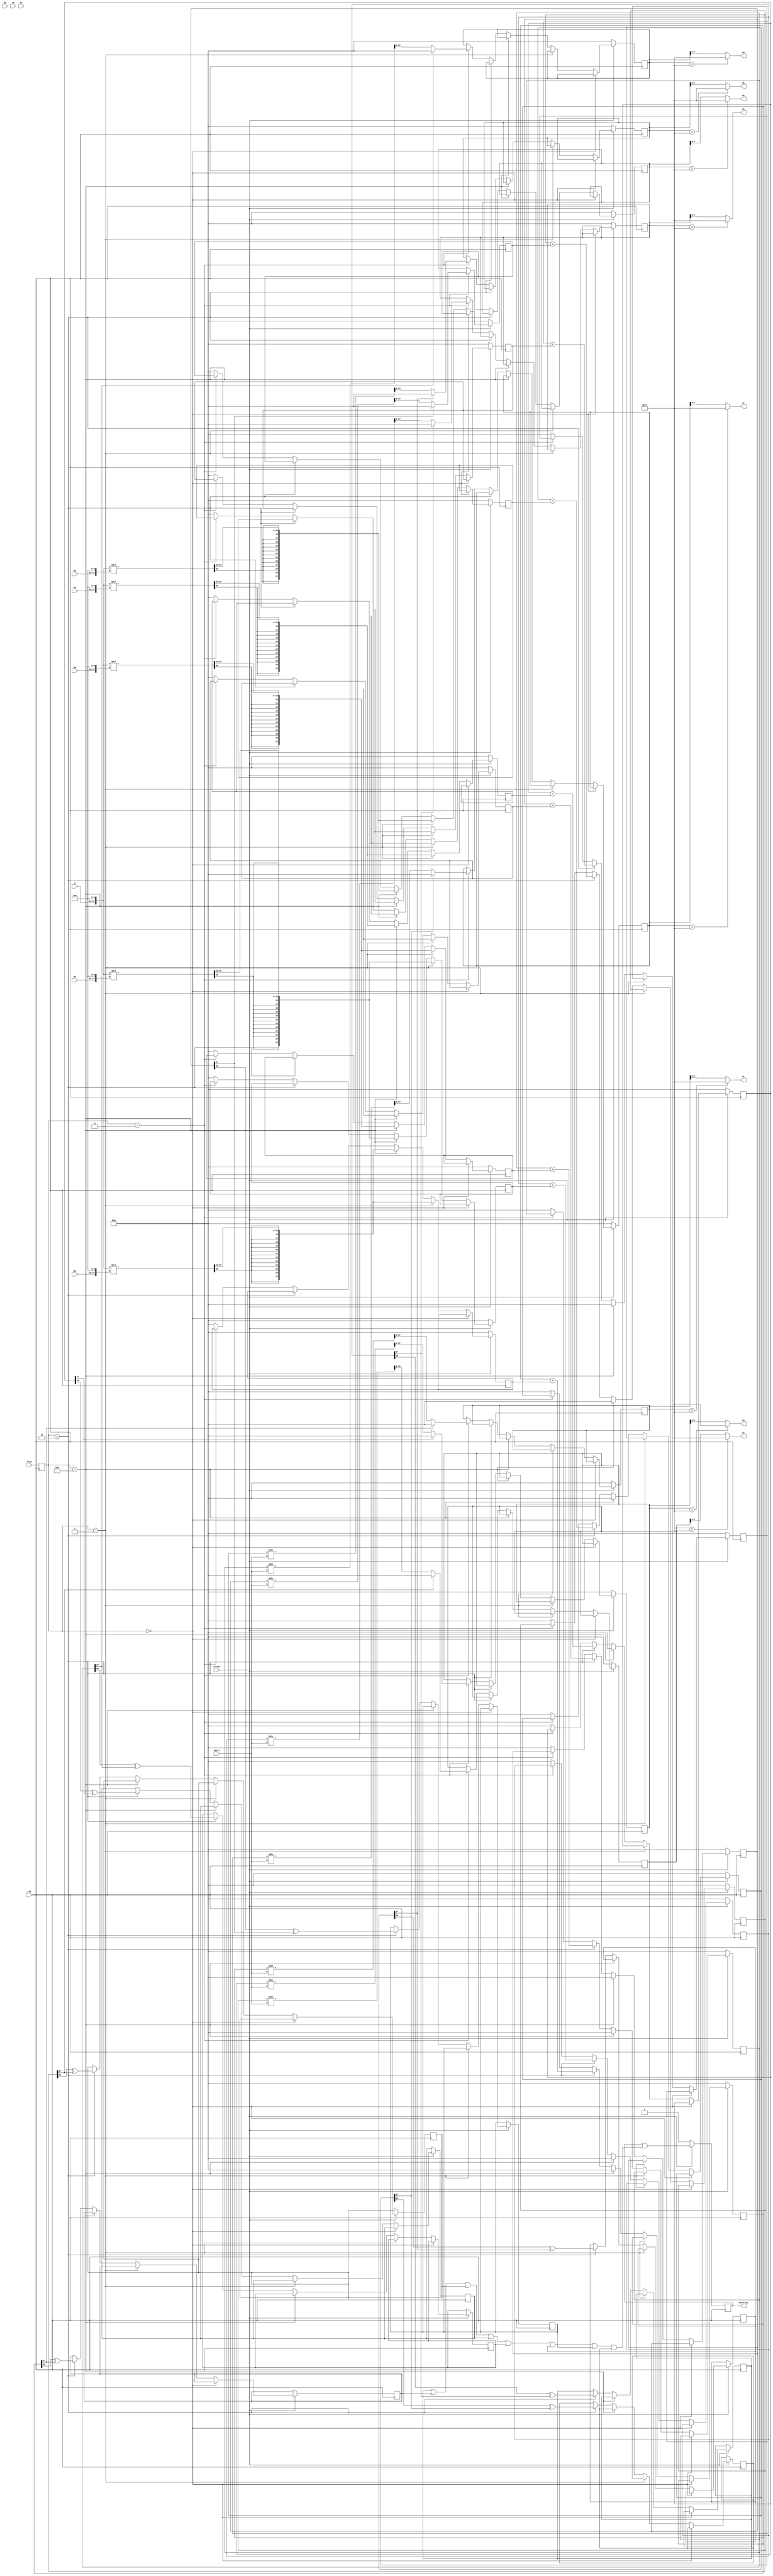
`timescale 1ns / 1ps
//////////////////////////////////////////////////////////////////////////////////
// Company: 
// Engineer: 
// 
// Design Name: 
// Module Name:    Multiplier 
// Project Name: 
// Target Devices: 
// Tool versions: 
// Description: 
//
// Dependencies: 
//
// Revision: 
// Revision 0.01 - File Created
// Additional Comments: 
//
//////////////////////////////////////////////////////////////////////////////////
module Multiplier #(parameter	Waiting=3'h0,
					Multiplying=3'h1,
					Accumulating=3'h2,
					Activating=3'h3,
					MultWithoutAcc=3'h4)
	(
	input clk,
	input resetn,
	input [2:0] step,
	input [7:0] shift,
	input signed [7:0] A,
	input signed [7:0] B0,
	input signed [7:0] B1,
	input signed [7:0] B2,
	input signed [7:0] B3,
	input signed [7:0] B4,
	input signed [7:0] B5,
	input signed [7:0] B6,
	input signed [7:0] B7,
	output [7:0] Y0,
	output [7:0] Y1,
	output [7:0] Y2,
	output [7:0] Y3,
	output [7:0] Y4,
	output [7:0] Y5,
	output [7:0] Y6,
	output [7:0] Y7,
	output reg overflow
	);
	
	reg [2:0] state;
	
	wire signed [17:0] extA;
	wire signed [17:0] extB[7:0];
	wire signed [35:0] AB[7:0];
	reg signed [27:0] AB_Dly[7:0];
	reg signed [27:0] AB_acc[7:0];
	reg signed [27:0] extY[7:0];
	
	assign extA={ A[7:0], 10'b0 };
	assign extB[0]={ B0, 10'b0 };
	assign extB[1]={ B1, 10'b0 };
	assign extB[2]={ B2, 10'b0 };
	assign extB[3]={ B3, 10'b0 };
	assign extB[4]={ B4, 10'b0 };
	assign extB[5]={ B5, 10'b0 };
	assign extB[6]={ B6, 10'b0 };
	assign extB[7]={ B7, 10'b0 };
	
	/*MULT18X18 MULT18X18_inst0 (.P(AB[0]), .A(extA), .B(extB[0]));
	MULT18X18 MULT18X18_inst1 (.P(AB[1]), .A(extA), .B(extB[1]));
	MULT18X18 MULT18X18_inst2 (.P(AB[2]), .A(extA), .B(extB[2]));
	MULT18X18 MULT18X18_inst3 (.P(AB[3]), .A(extA), .B(extB[3]));
	MULT18X18 MULT18X18_inst4 (.P(AB[4]), .A(extA), .B(extB[4]));
	MULT18X18 MULT18X18_inst5 (.P(AB[5]), .A(extA), .B(extB[5]));
	MULT18X18 MULT18X18_inst6 (.P(AB[6]), .A(extA), .B(extB[6]));
	MULT18X18 MULT18X18_inst7 (.P(AB[7]), .A(extA), .B(extB[7]));*/
	
	
	assign AB[0] = extA  * extB[0];
	assign AB[1] = extA  * extB[1];
	assign AB[2] = extA  * extB[2];
	assign AB[3] = extA  * extB[3];
	assign AB[4] = extA  * extB[4];
	
	reg now_ov[7:0];
	always @(posedge clk) begin
		if(~resetn) begin	overflow <= 0; end
		else begin overflow <= overflow
			| (now_ov[0] | now_ov[1] | now_ov[2] | now_ov[3] | now_ov[4] | now_ov[5] | now_ov[6] | now_ov[7]); end
	end
	
	always @(posedge clk) begin
		state <= step;
	end
	integer i;
	always @(posedge clk) begin
	for(i=0; i<8; i=i+1) begin //Macro
		if(~resetn) begin
			AB_Dly[i] <= 0;
			AB_acc[i] <= 0;
			extY[i] <= 0;
		end
		else begin
			if(state==Waiting) begin
				AB_Dly[i] <= AB_Dly[i];
				AB_acc[i] <= AB_acc[i];
			end
			else if(state==Multiplying) begin //multiplication
				AB_Dly[i] <= { {12{AB[i][35]}}, AB[i][35:20]};
			end
			else if(state==MultWithoutAcc) begin //reset and multiplication
				AB_acc[i] <= 0;
				AB_Dly[i] <= { {12{AB[i][35]}}, AB[i][35:20]};
			end
			else if(state==Accumulating) begin //accumulation
				AB_acc[i] <= AB_acc[i] + AB_Dly[i];
				now_ov[i] <= (AB_acc[i][26] ^ AB_acc[i][27]);
			end
			else if(state==Activating) begin //relu + shift
				extY[i] <= (AB_acc[i][27]) ? (0): ( AB_acc[i]>>shift );
			end
			else begin
				AB_Dly[i] <= 0;
				AB_acc[i] <= 0;
			end
		end
	end
	end

	assign Y0 = (extY[0] > 28'sd127)?(8'sd127):(extY[0][7:0]); // Saturation
	assign Y1 = (extY[1] > 28'sd127)?(8'sd127):(extY[1][7:0]);
	assign Y2 = (extY[2] > 28'sd127)?(8'sd127):(extY[2][7:0]);
	assign Y3 = (extY[3] > 28'sd127)?(8'sd127):(extY[3][7:0]);
	assign Y4 = (extY[4] > 28'sd127)?(8'sd127):(extY[4][7:0]);
	assign Y5 = (extY[5] > 28'sd127)?(8'sd127):(extY[5][7:0]);
	assign Y6 = (extY[6] > 28'sd127)?(8'sd127):(extY[6][7:0]);
	assign Y7 = (extY[7] > 28'sd127)?(8'sd127):(extY[7][7:0]);
endmodule